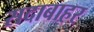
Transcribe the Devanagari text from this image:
सदाबाहर